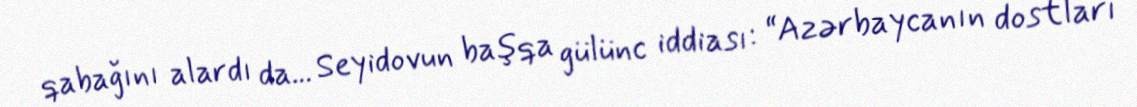
qabağını alardı da... Seyidovun başqa gülünc iddiası: “Azərbaycanın dostları